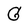
Character: G